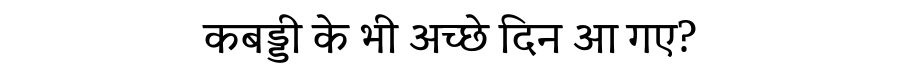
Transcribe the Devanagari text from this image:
कबड्डी के भी अच्छे दिन आ गए?